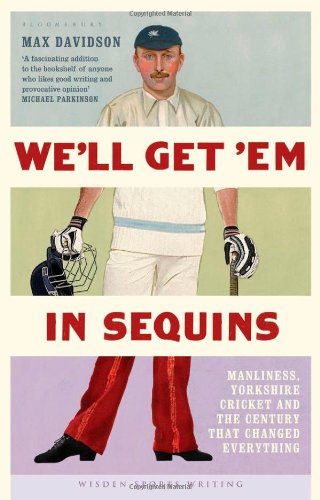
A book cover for We'll Get 'Em in Sequins: Manliness, Yorkshire Cricket, and the Century that Changed Everything (Wisden Sports Writing); Max Davidson; Sports & Outdoors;